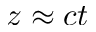
z \approx c t